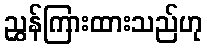
ညွှန်ကြားထားသည်ဟု